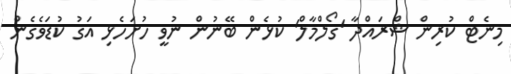
މިނެޓް ކުރިން ޝްރައްދާ 'ގޯލްމާލް' ކުޅެން ބޭނުން ނުވީ ހުށަހެޅި އަގު ކުޑަވެގެން